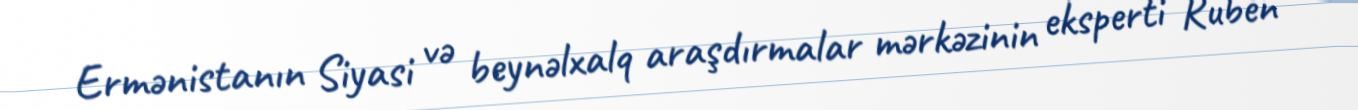
Ermənistanın Siyasi və beynəlxalq araşdırmalar mərkəzinin eksperti Ruben